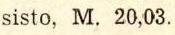
sisto, M, 20,03.